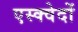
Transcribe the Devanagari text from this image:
एस्क्वेदों